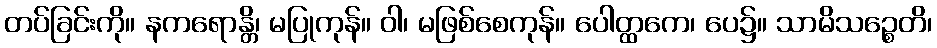
တပ်ခြင်းကို။ နကရောန္တိ၊ မပြုကုန်။ ဝါ၊ မဖြစ်စေကုန်။ ပေါတ္ထကေ၊ ပေ၌။ သာမိသဉ္စေတိ၊